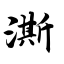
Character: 澌